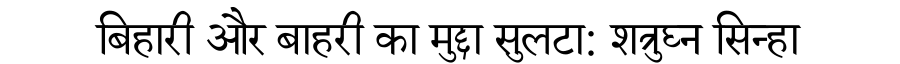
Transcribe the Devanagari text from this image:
बिहारी और बाहरी का मुद्दा सुलटा: शत्रुघ्न सिन्हा